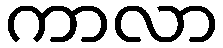
ကာလာ